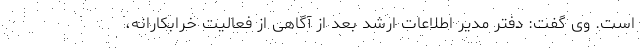
است. وی گفت: دفتر مدیر اطلاعات ارشد بعد از آگاهی از فعالیت خرابکارانه،